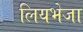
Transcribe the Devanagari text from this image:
लियभेजा